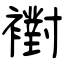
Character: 襨